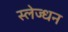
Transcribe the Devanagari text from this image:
स्लेज्धन